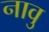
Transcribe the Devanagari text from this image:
नावु